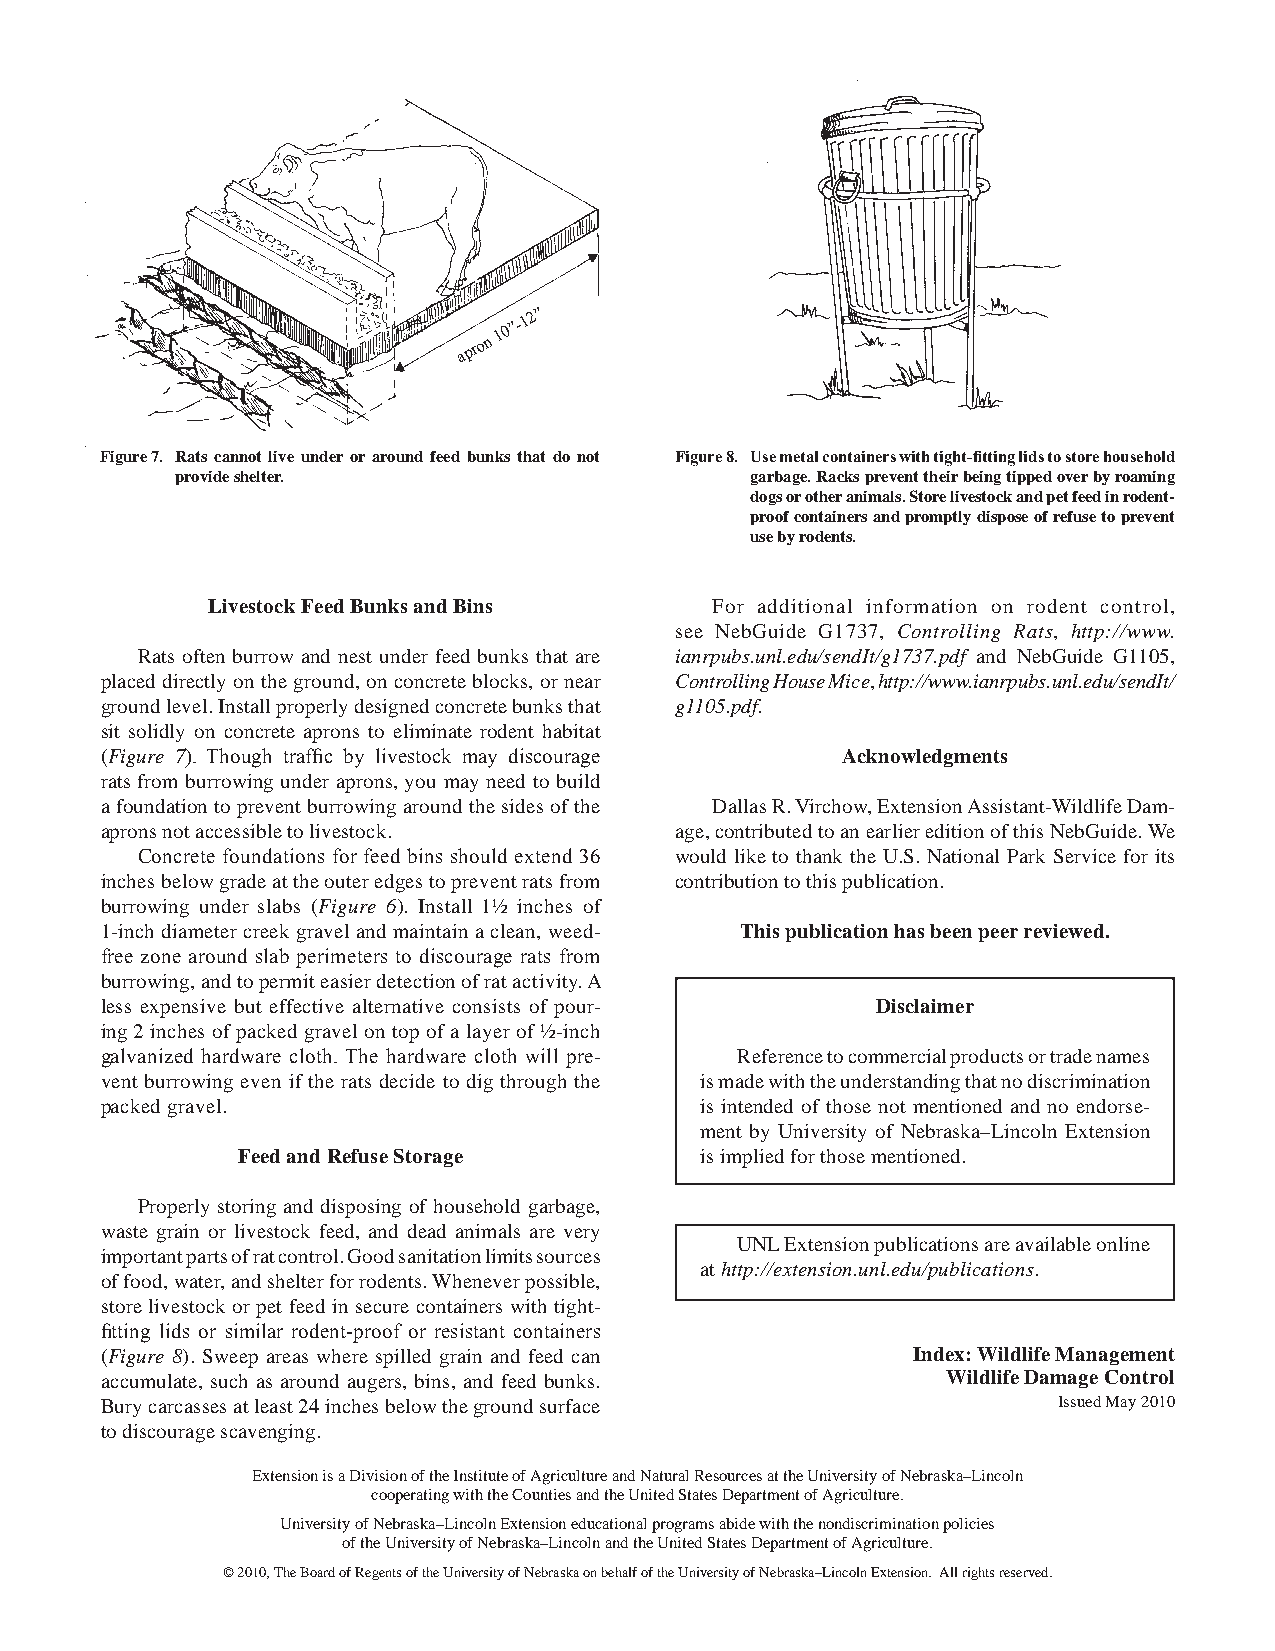
apro n 1
 0”-1
 2”
 Figure 7. Rats cannot live under or around feed bunks that do not Figure 8. Use metal containers with tight-fitting lids to store household
 provide shelter.                      garbage. Racks prevent their being tipped over by roaming
 dogs or other animals. Store livestock and pet feed in rodent-
 proof containers and promptly dispose of refuse to prevent
 use by rodents.
 Livestock Feed Bunks and Bins    For additional information on rodent control,
 see NebGuide G1737, Controlling Rats, http://www.
 Rats often burrow and nest under feed bunks that are ianrpubs .unl.edu/sendIt/g1737.pdf and NebGuide G1105,
 placed directly on the ground, on concrete blocks, or near Controlling House Mice, http://www.ianrpubs.unl.edu/sendIt/
 ground level. Install properly designed concrete bunks that g1105.pdf.
 sit solidly on concrete aprons to eliminate rodent habitat
 (Figure 7). Though traffic by livestock may discourage Acknowledgments
 rats from burrowing under aprons, you may need to build
 a foundation to prevent burrowing around the sides of the Dallas R. Virchow, Extension Assistant-Wildlife Dam-
 aprons not accessible to livestock.   age, contributed to an earlier edition of this NebGuide. We
 Concrete foundations for feed bins should extend 36 would like to thank the U.S. National Park Service for its
 inches below grade at the outer edges to prevent rats from contribution to this publication.
 burrowing under slabs (Figure 6). Install 1½ inches of
 1-inch diameter creek gravel and maintain a clean, weed- This publication has been peer reviewed.
 free zone around slab perimeters to discourage rats from
 burrowing, and to permit easier detection of rat activity. A
 less expensive but effective alternative consists of pour- Disclaimer
 ing 2 inches of packed gravel on top of a layer of ½-inch
 galvanized hardware cloth. The hardware cloth will pre- Reference to commercial products or trade names
 vent burrowing even if the rats decide to dig through the is made with the understanding that no discrimination
 packed gravel.                         is intended of those not mentioned and no endorse-
 ment by University of Nebraska–Lincoln Extension
 Feed and Refuse Storage       is implied for those mentioned.
 Properly storing and disposing of household garbage,
 waste grain or livestock feed, and dead animals are very
 UNL Extension publications are available online
 important parts of rat control. Good sanitation limits sources
 at http://extension.unl.edu/publications.
 of food, water, and shelter for rodents. Whenever possible,
 store livestock or pet feed in secure containers with tight-
 fitting lids or similar rodent-proof or resistant containers
 (Figure 8). Sweep areas where spilled grain and feed can Index: Wildlife Management
 accumulate, such as around augers, bins, and feed bunks. Wildlife Damage Control
 Bury carcasses at least 24 inches below the ground surface     Issued May 2010
 to discourage scavenging.
 Extension is a Division of the Institute of Agriculture and Natural Resources at the University of Nebraska–Lincoln
 cooperating with the Counties and the United States Department of Agriculture.
 University of Nebraska–Lincoln Extension educational programs abide with the nondiscrimination policies
 of the University of Nebraska–Lincoln and the United States Department of Agriculture.
 © 2010, The Board of Regents of the University of Nebraska on behalf of the University of Nebraska–Lincoln Extension. All rights reserved.